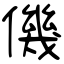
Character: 僟